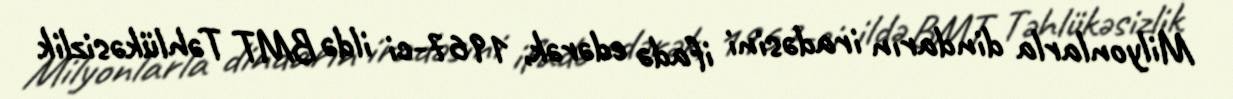
Milyonlarla dindarın iradəsini ifadə edərək, 1967-ci ildə BMT Təhlükəsizlik